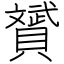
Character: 贇